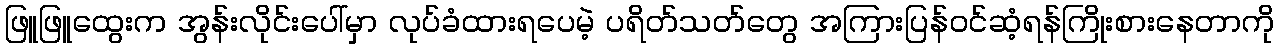
ဖြူဖြူထွေးက အွန်းလိုင်းပေါ်မှာ လုပ်ခံထားရပေမဲ့ ပရိတ်သတ်တွေ အကြားပြန်ဝင်ဆံ့ရန်ကြိုးစားနေတာကို